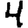
Digit: 4